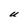
Character: U